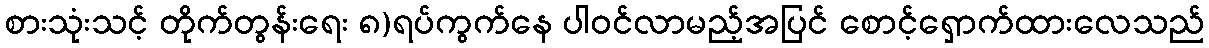
စားသုံးသင့် တိုက်တွန်းရေး ၈)ရပ်ကွက်နေ ပါဝင်လာမည့်အပြင် စောင့်ရှောက်ထားလေသည်